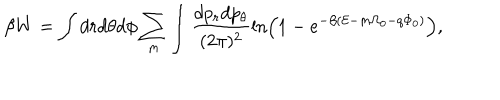
\beta W = \int d r d \theta d \phi \sum _ { m } \int \frac { d p _ { r } d p _ { \theta } } { ( 2 \pi ) ^ { 2 } } \ln \left( 1 - e ^ { - \beta ( { \cal E } - m \Omega _ { 0 } - q \Phi _ { 0 } ) } \right) ,